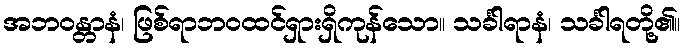
အဘဝန္တာနံ၊ ဖြစ်ရာဘဝထင်ရှားရှိကုန်သော။ သင်္ခါရာနံ၊ သင်္ခါရတို့၏။